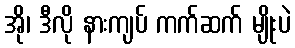
အို၊ ဒီလို နားကျပ် ကက်ဆက် မျိုးပဲ